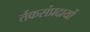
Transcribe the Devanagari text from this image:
र्तकसंप्रदायों